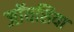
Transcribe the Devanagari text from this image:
जॉयसिया